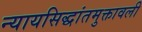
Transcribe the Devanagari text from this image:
न्यायसिद्धांतमुक्तावली